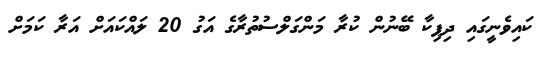
ކައިވެނީގައި ދިޕިކާ ބޭނުން ކުރާ މަންގަލްސުތުރާގެ އަގު 20 ލައްކައަށް އަރާ ކަމަށް